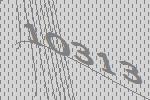
10313